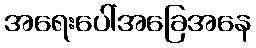
အရေးပေါ်အခြေအနေ